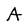
Character: A